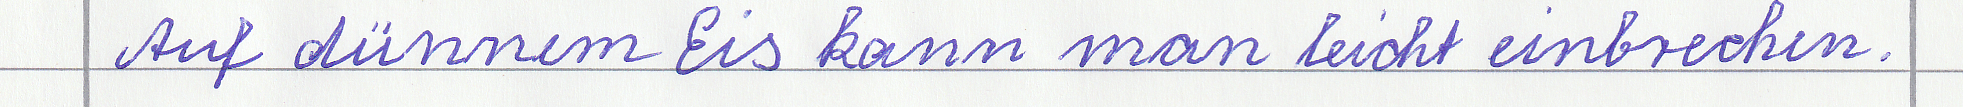
Auf dünnem Eis kann man leicht einbrechen.